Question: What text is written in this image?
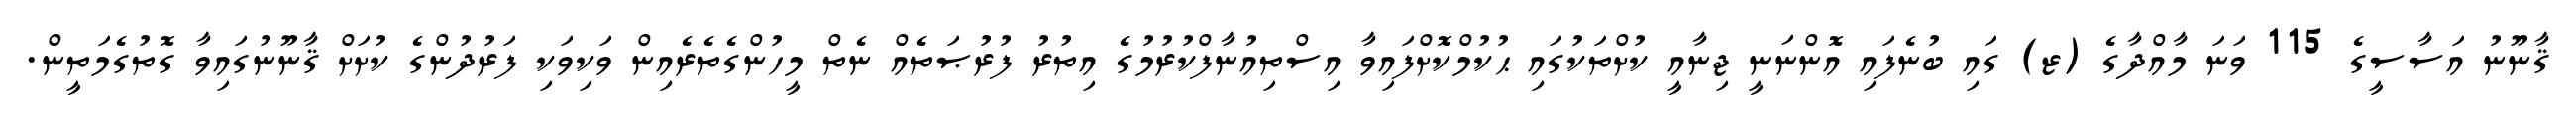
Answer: ޤާނޫނު އަސާސީގެ 115 ވަނަ މާއްދާގެ (ޒ) ގައި ބުނެފައި އޮންނަނީ ޖިނާއީ ކުށްތަކުގައި ޙުކުމްކޮށްފައިވާ އިސްތިއުނާފްކުރުމުގެ އިތުރު ފުރުޞަތެއް ނެތް މީހުންގެތެރެއިން ވަކިވަކި ފަރުދުންގެ ކުށަށް ޤާނޫނުގައިވާ ގޮތުގެމަތީން.